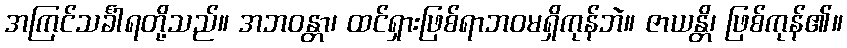
အကြင်သင်္ခါရတို့သည်။ အဘဝန္တာ၊ ထင်ရှားဖြစ်ရာဘဝမရှိကုန်ဘဲ။ ဇာယန္တိ၊ ဖြစ်ကုန်၏။